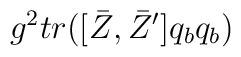
g^2 tr([\bar Z,\bar Z'] q_b q_b)